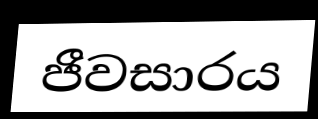
ජීවසාරය